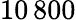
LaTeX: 10\, 800